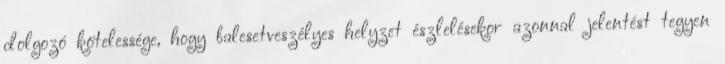
dolgozó kötelessége, hogy balesetveszélyes helyzet észlelésekor azonnal jelentést tegyen